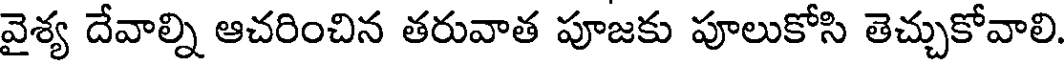
వైశ్య దేవాల్ని ఆచరించిన తరువాత పూజకు పూలుకోసి తెచ్చుకోవాలి.